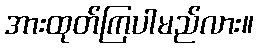
အားထုတ်ကြပါမည်လား။